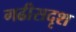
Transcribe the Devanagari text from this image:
गढीसदृश